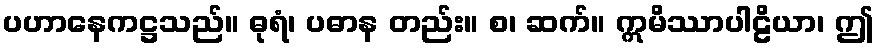
ပဟာနေကဋ္ဌသည်။ ဓုရံ၊ ပဓာန တည်း။ စ၊ ဆက်။ ဣမိဿာပါဠိယာ၊ ဤ